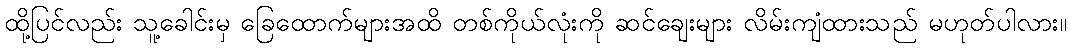
ထို့ပြင်လည်း သူ့ခေါင်းမှ ခြေထောက်များအထိ တစ်ကိုယ်လုံးကို ဆင်ချေးများ လိမ်းကျံထားသည် မဟုတ်ပါလား။